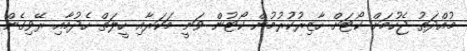
މުއްދަތު ޖެހުމަށް ކޯޓަށް ހާޒިރުކުރުމުން ކޯޓުން ވަނީ މަކަރާއި ހީލަތް ހެދުމާއި ރޭވިގެން